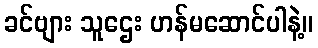
ခင်ဗျား သူဌေး ဟန်မဆောင်ပါနဲ့။